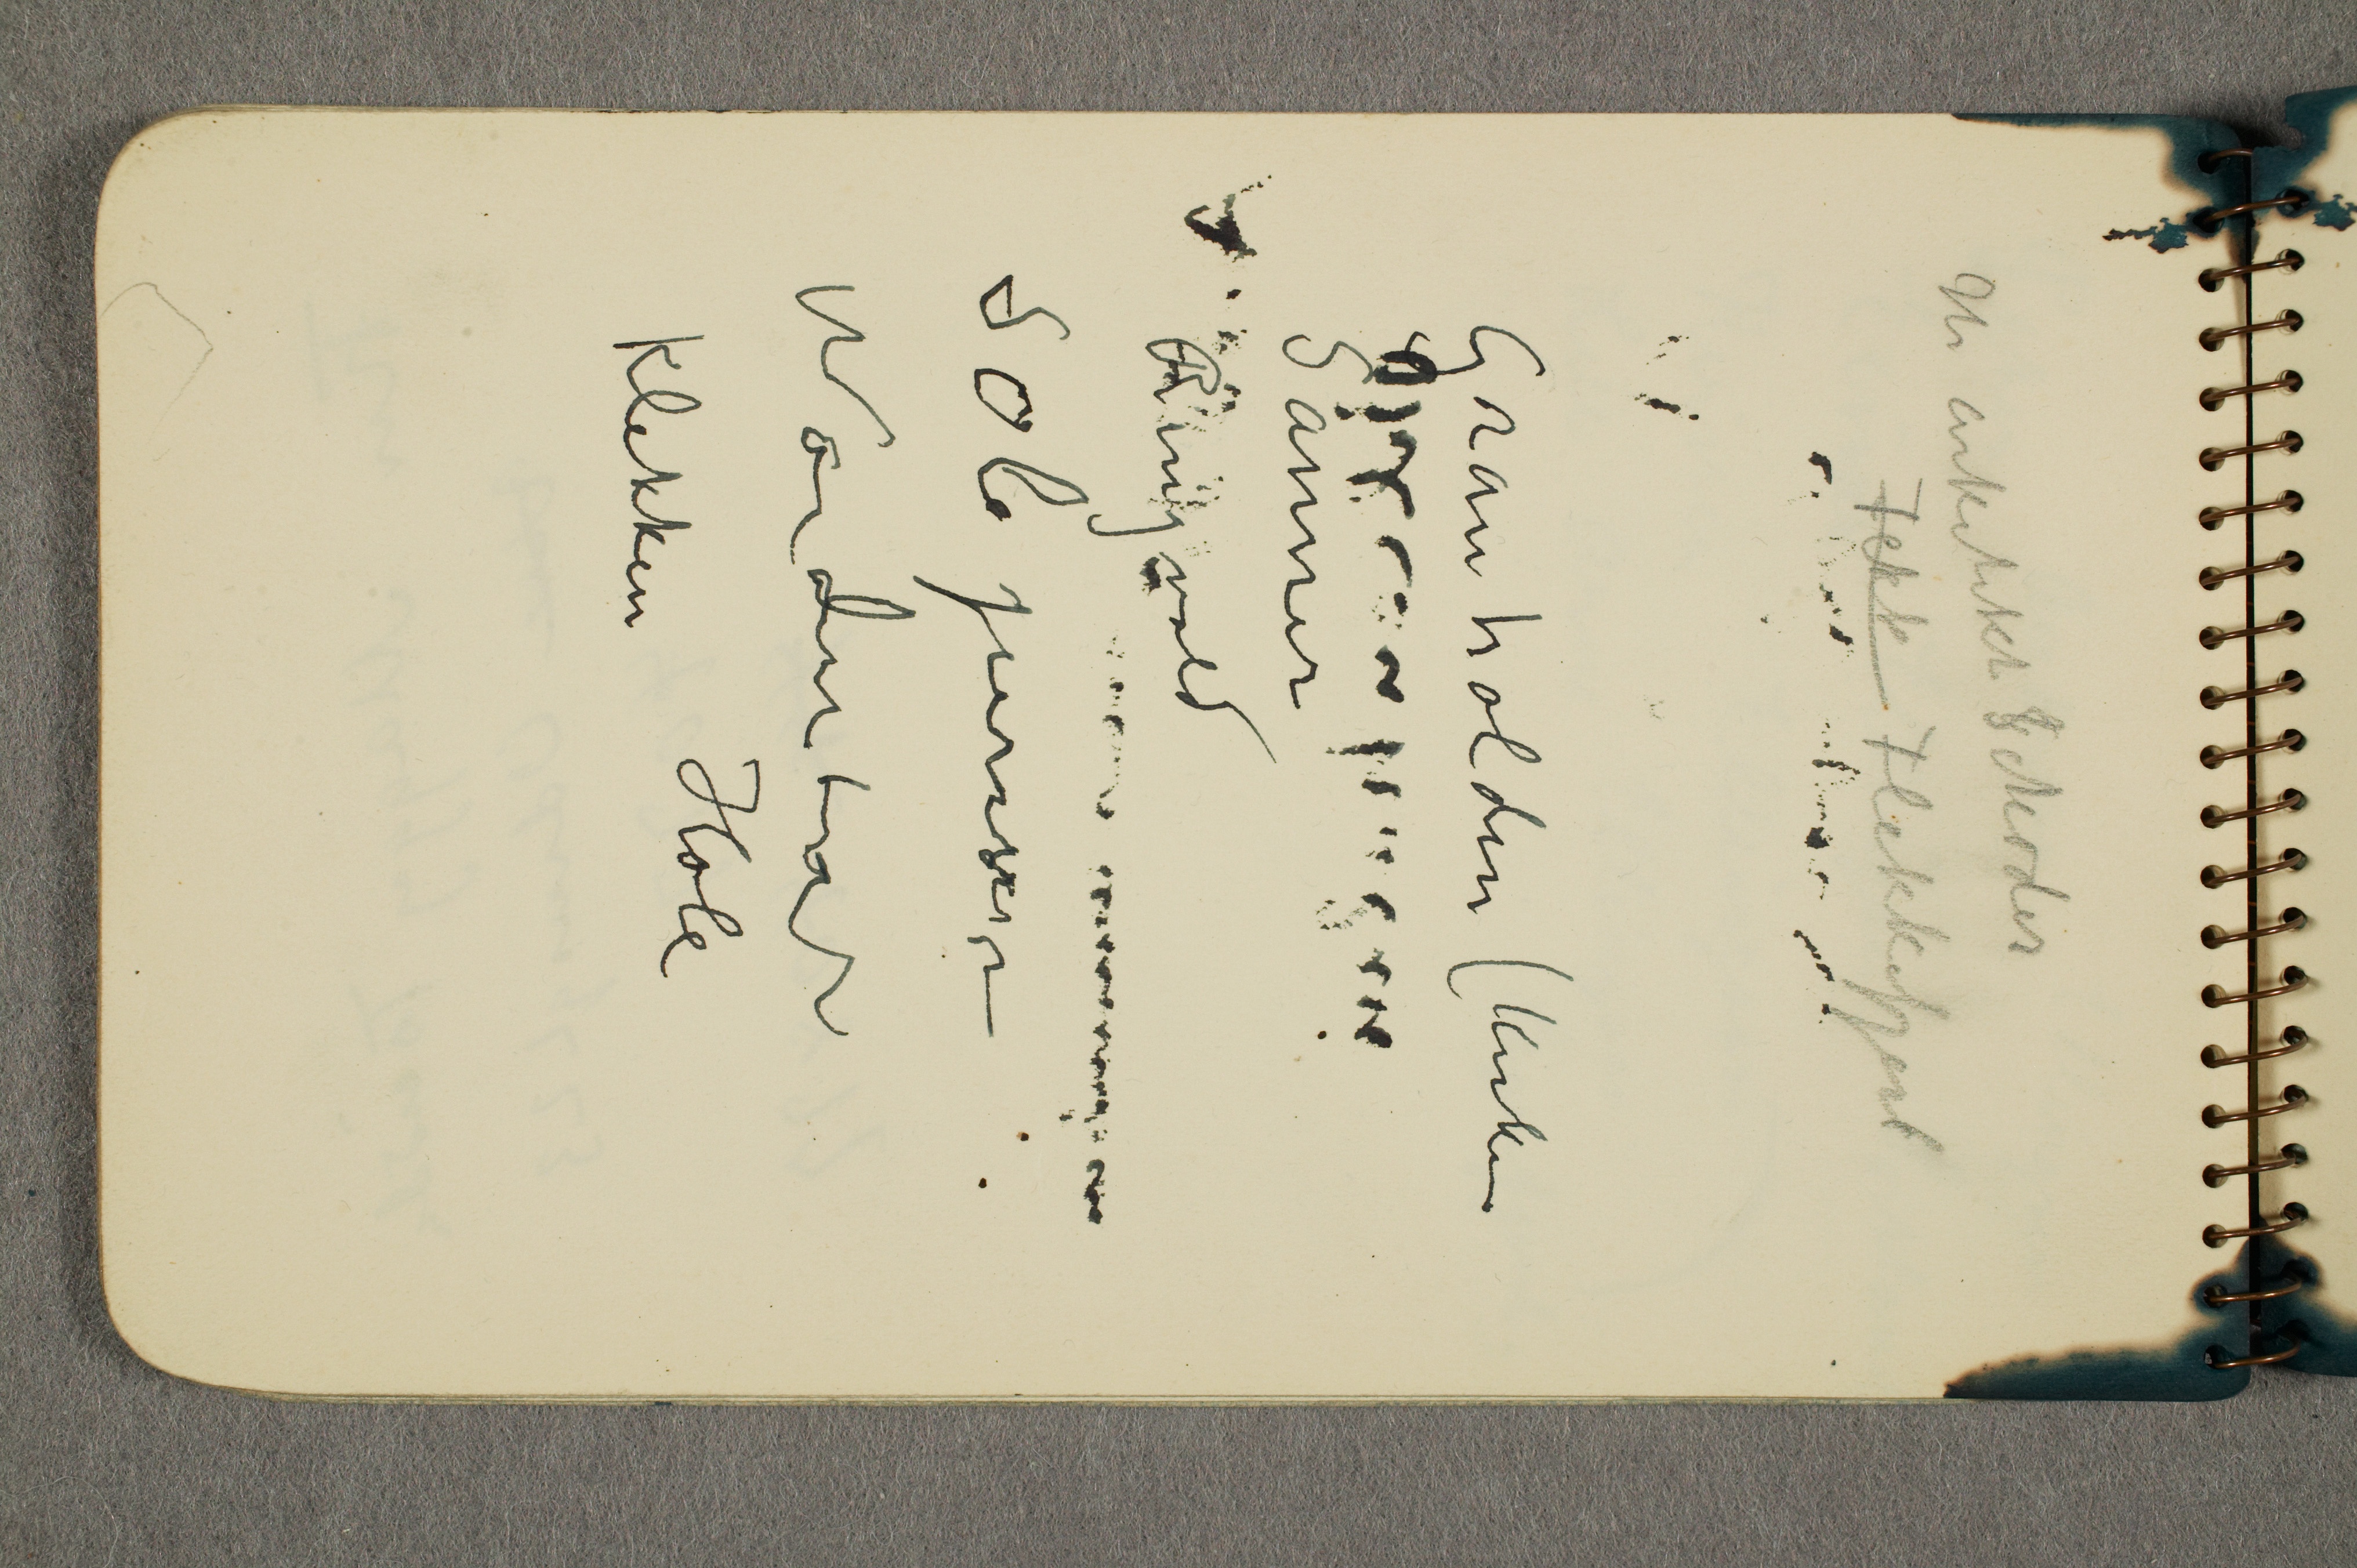
Hr arkitekt Schoder
Fekk Flekkefjord
Gran holden (Kirken
Sanner
Ringvold
Sole pension
Nordre ...
Klekken Hole